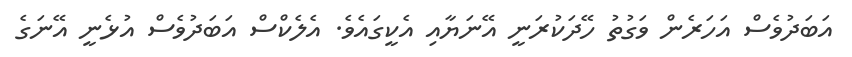
އަބަދުވެސް އަހަރެން ވަގުތު ހޭދަކުރަނީ އޭނަޔާއި އެކީގައެވެ. އެލެކްސް އަބަދުވެސް އުޅެނީ އޭނަގެ